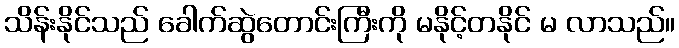
သိန်းနိုင်သည် ခေါက်ဆွဲတောင်းကြီးကို မနိုင့်တနိုင် မ လာသည်။